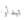
تبدأوا